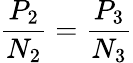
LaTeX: {\frac{P_{2}}{N_{2}}}={\frac{P_{3}}{N_{3}}}